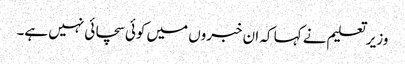
وزیر تعلیم نے کہا کہ ان خبروں میں کوئی سچائی نہیں ہے۔